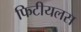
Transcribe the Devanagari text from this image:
फिटीयलस